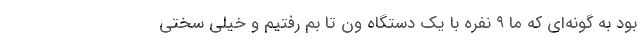
بود به گونه‌ای که ما ۹ نفره با یک دستگاه ون تا بم رفتیم و خیلی سختی